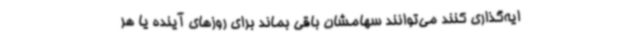
ایه‌گذاری کنند می‌توانند سهامشان باقی بماند برای روزهای آینده یا هر